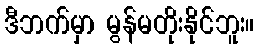
ဒီဘက်မှာ မွန်မတိုးနိုင်ဘူး။